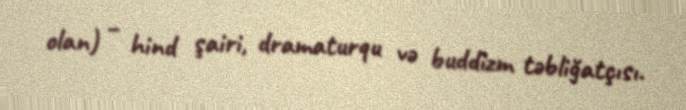
olan) – hind şairi, dramaturqu və buddizm təbliğatçısı.